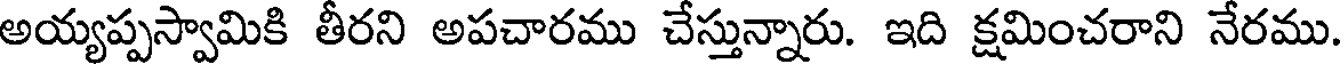
అయ్యప్పస్వామికి తీరని అపచారము చేస్తున్నారు. ఇది క్షమించరాని నేరము.